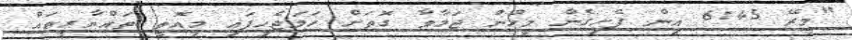
"މިރޭ 6:45 އިން ފެށިގެން މީހުން ޖަމާވާ ގޮތަށް ހަމަޖެހިފައި މިއޮތީ ތައްޔާރީތައް